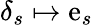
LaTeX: \delta_{s}\mapsto\mathrm{e}_{s}